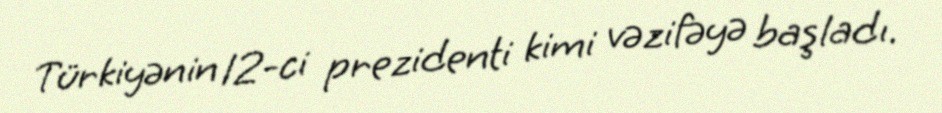
Türkiyənin 12-ci prezidenti kimi vəzifəyə başladı.